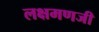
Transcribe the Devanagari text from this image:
लक्षमणजी